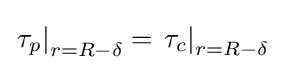
\left.\tau _{p}\right|_{r=R-\delta }=\left.\tau _{c}\right|_{r=R-\delta }